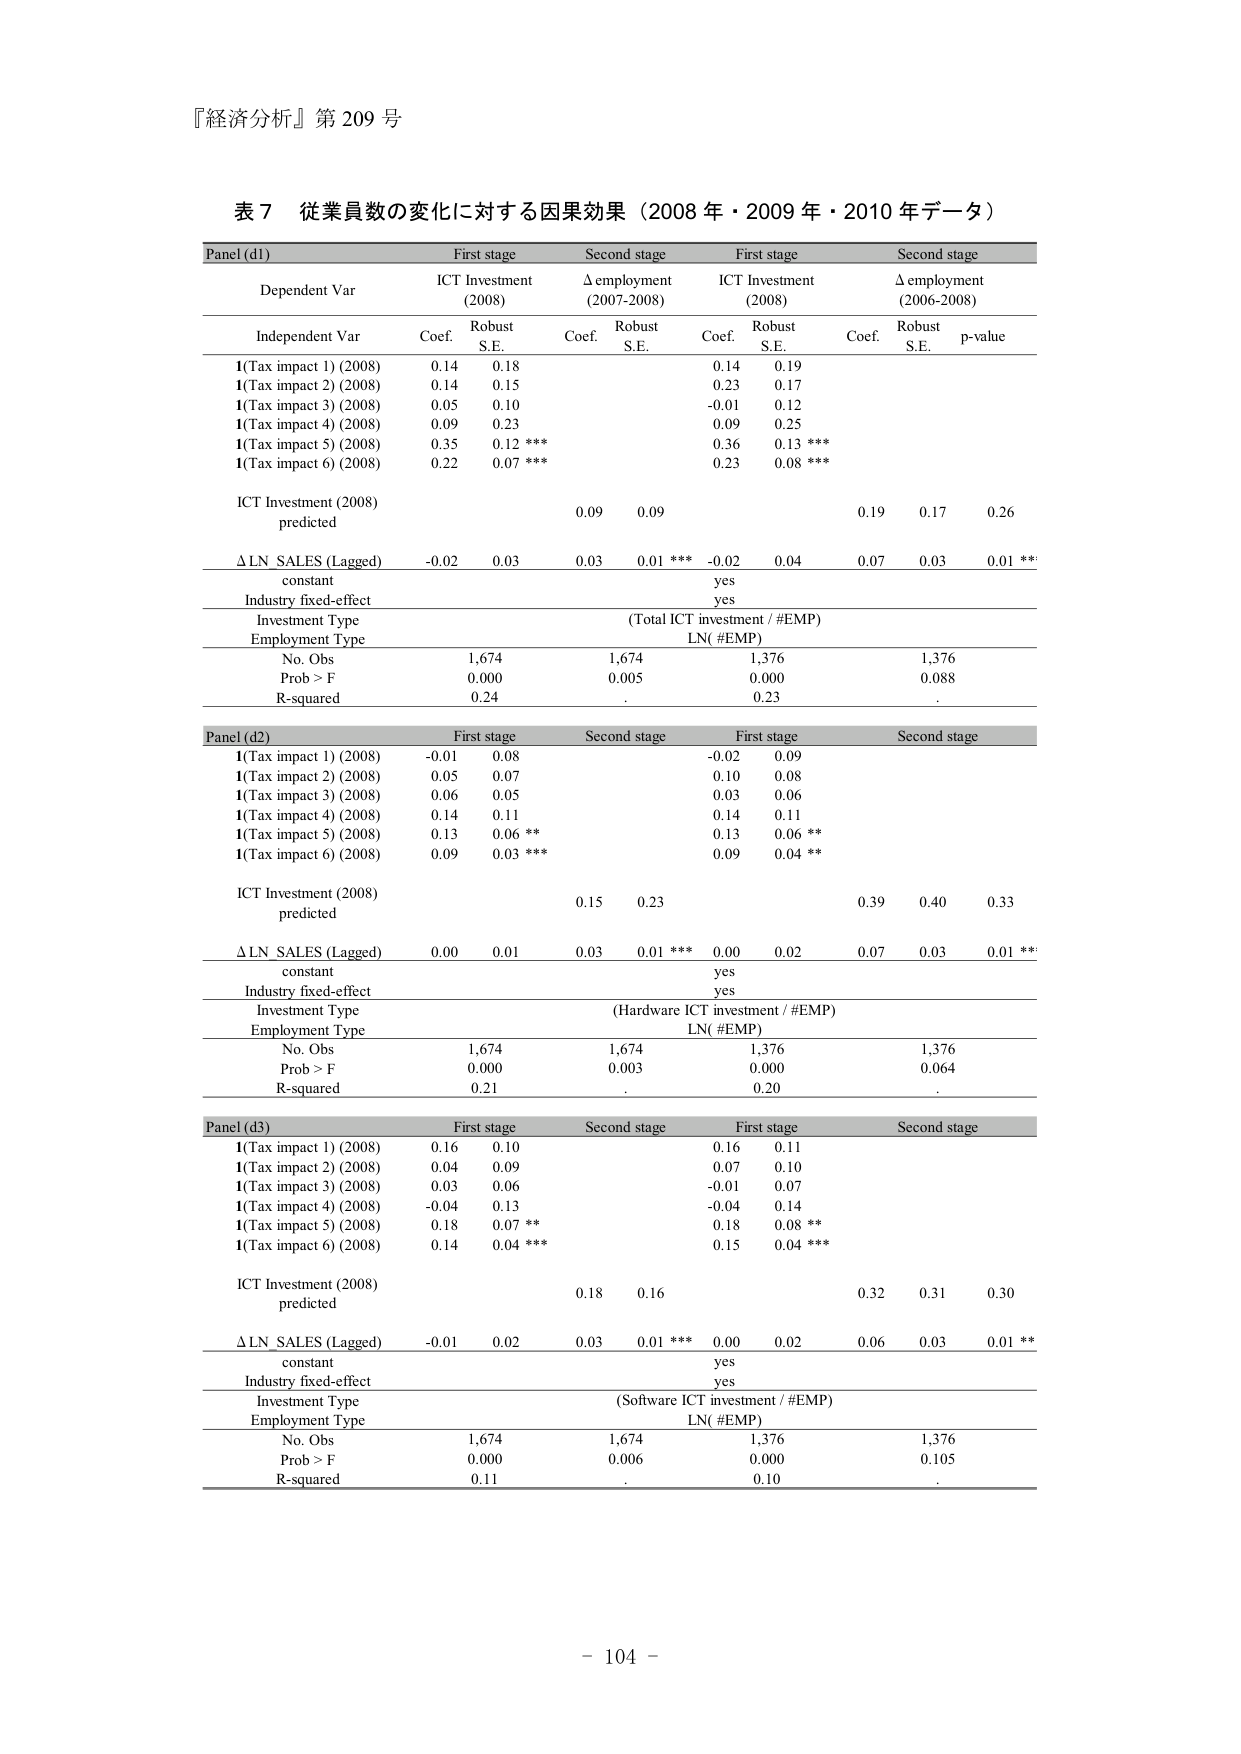
『経済分析』第 209 号

表 7 従業員数の変化に対する因果効果（2008 年・2009 年・2010 年データ）

Panel (d1) First stage Second stage First stage Second stage
Dependent Var ICT Investment (2008) Δ employment (2007-2008) ICT Investment (2008) Δ employment (2006-2008)
Independent Var Coef. Robust S.E. Coef. Robust S.E. Coef. Robust S.E. Coef. Robust S.E. p-value
I(Tax impact 1) (2008) 0.14 0.18 0.14 0.19
I(Tax impact 2) (2008) 0.14 0.15 0.23 0.17
I(Tax impact 3) (2008) 0.05 0.10 -0.01 0.12
I(Tax impact 4) (2008) 0.09 0.23 0.09 0.25
I(Tax impact 5) (2008) 0.35 0.12 *** 0.36 0.13 ***
I(Tax impact 6) (2008) 0.22 0.07 *** 0.23 0.08 ***
ICT Investment (2008) predicted 0.09 0.09 0.19 0.17 0.26
Δ LN SALES (Lagged) -0.02 0.03 0.03 0.01 *** -0.02 0.04 0.07 0.03 0.01 ***
constant yes
Industry fixed-effect yes
Investment Type (Total ICT investment / #EMP)
Employment Type LN( #EMP)
No. Obs 1,674 1,674 1,376 1,376
Prob > F 0.000 0.005 0.000 0.088
R-squared 0.24. 0.23.

Panel (d2) First stage Second stage First stage Second stage
I(Tax impact 1) (2008) -0.01 0.08 -0.02 0.09
I(Tax impact 2) (2008) 0.05 0.07 0.10 0.08
I(Tax impact 3) (2008) 0.06 0.05 0.03 0.06
I(Tax impact 4) (2008) 0.14 0.11 0.14 0.11
I(Tax impact 5) (2008) 0.13 0.06 ** 0.13 0.06 **
I(Tax impact 6) (2008) 0.09 0.03 *** 0.09 0.04 **
ICT Investment (2008) predicted 0.15 0.23 0.39 0.40 0.33
Δ LN SALES (Lagged) 0.00 0.01 0.03 0.01 *** 0.00 0.02 0.07 0.03 0.01 ***
constant yes
Industry fixed-effect yes
Investment Type (Hardware ICT investment / #EMP)
Employment Type LN( #EMP)
No. Obs 1,674 1,674 1,376 1,376
Prob > F 0.000 0.003 0.000 0.064
R-squared 0.21. 0.20.

Panel (d3) First stage Second stage First stage Second stage
I(Tax impact 1) (2008) 0.16 0.10 0.16 0.11
I(Tax impact 2) (2008) 0.04 0.09 0.07 0.10
I(Tax impact 3) (2008) 0.03 0.06 -0.01 0.07
I(Tax impact 4) (2008) -0.04 0.13 -0.04 0.14
I(Tax impact 5) (2008) 0.18 0.07 ** 0.18 0.08 **
I(Tax impact 6) (2008) 0.14 0.04 *** 0.15 0.04 ***
ICT Investment (2008) predicted 0.18 0.16 0.32 0.31 0.30
Δ LN SALES (Lagged) -0.01 0.02 0.03 0.01 *** 0.00 0.02 0.06 0.03 0.01 **
constant yes
Industry fixed-effect yes
Investment Type (Software ICT investment / #EMP)
Employment Type LN( #EMP)
No. Obs 1,674 1,674 1,376 1,376
Prob > F 0.000 0.006 0.000 0.105
R-squared 0.11. 0.10.

- 104 -